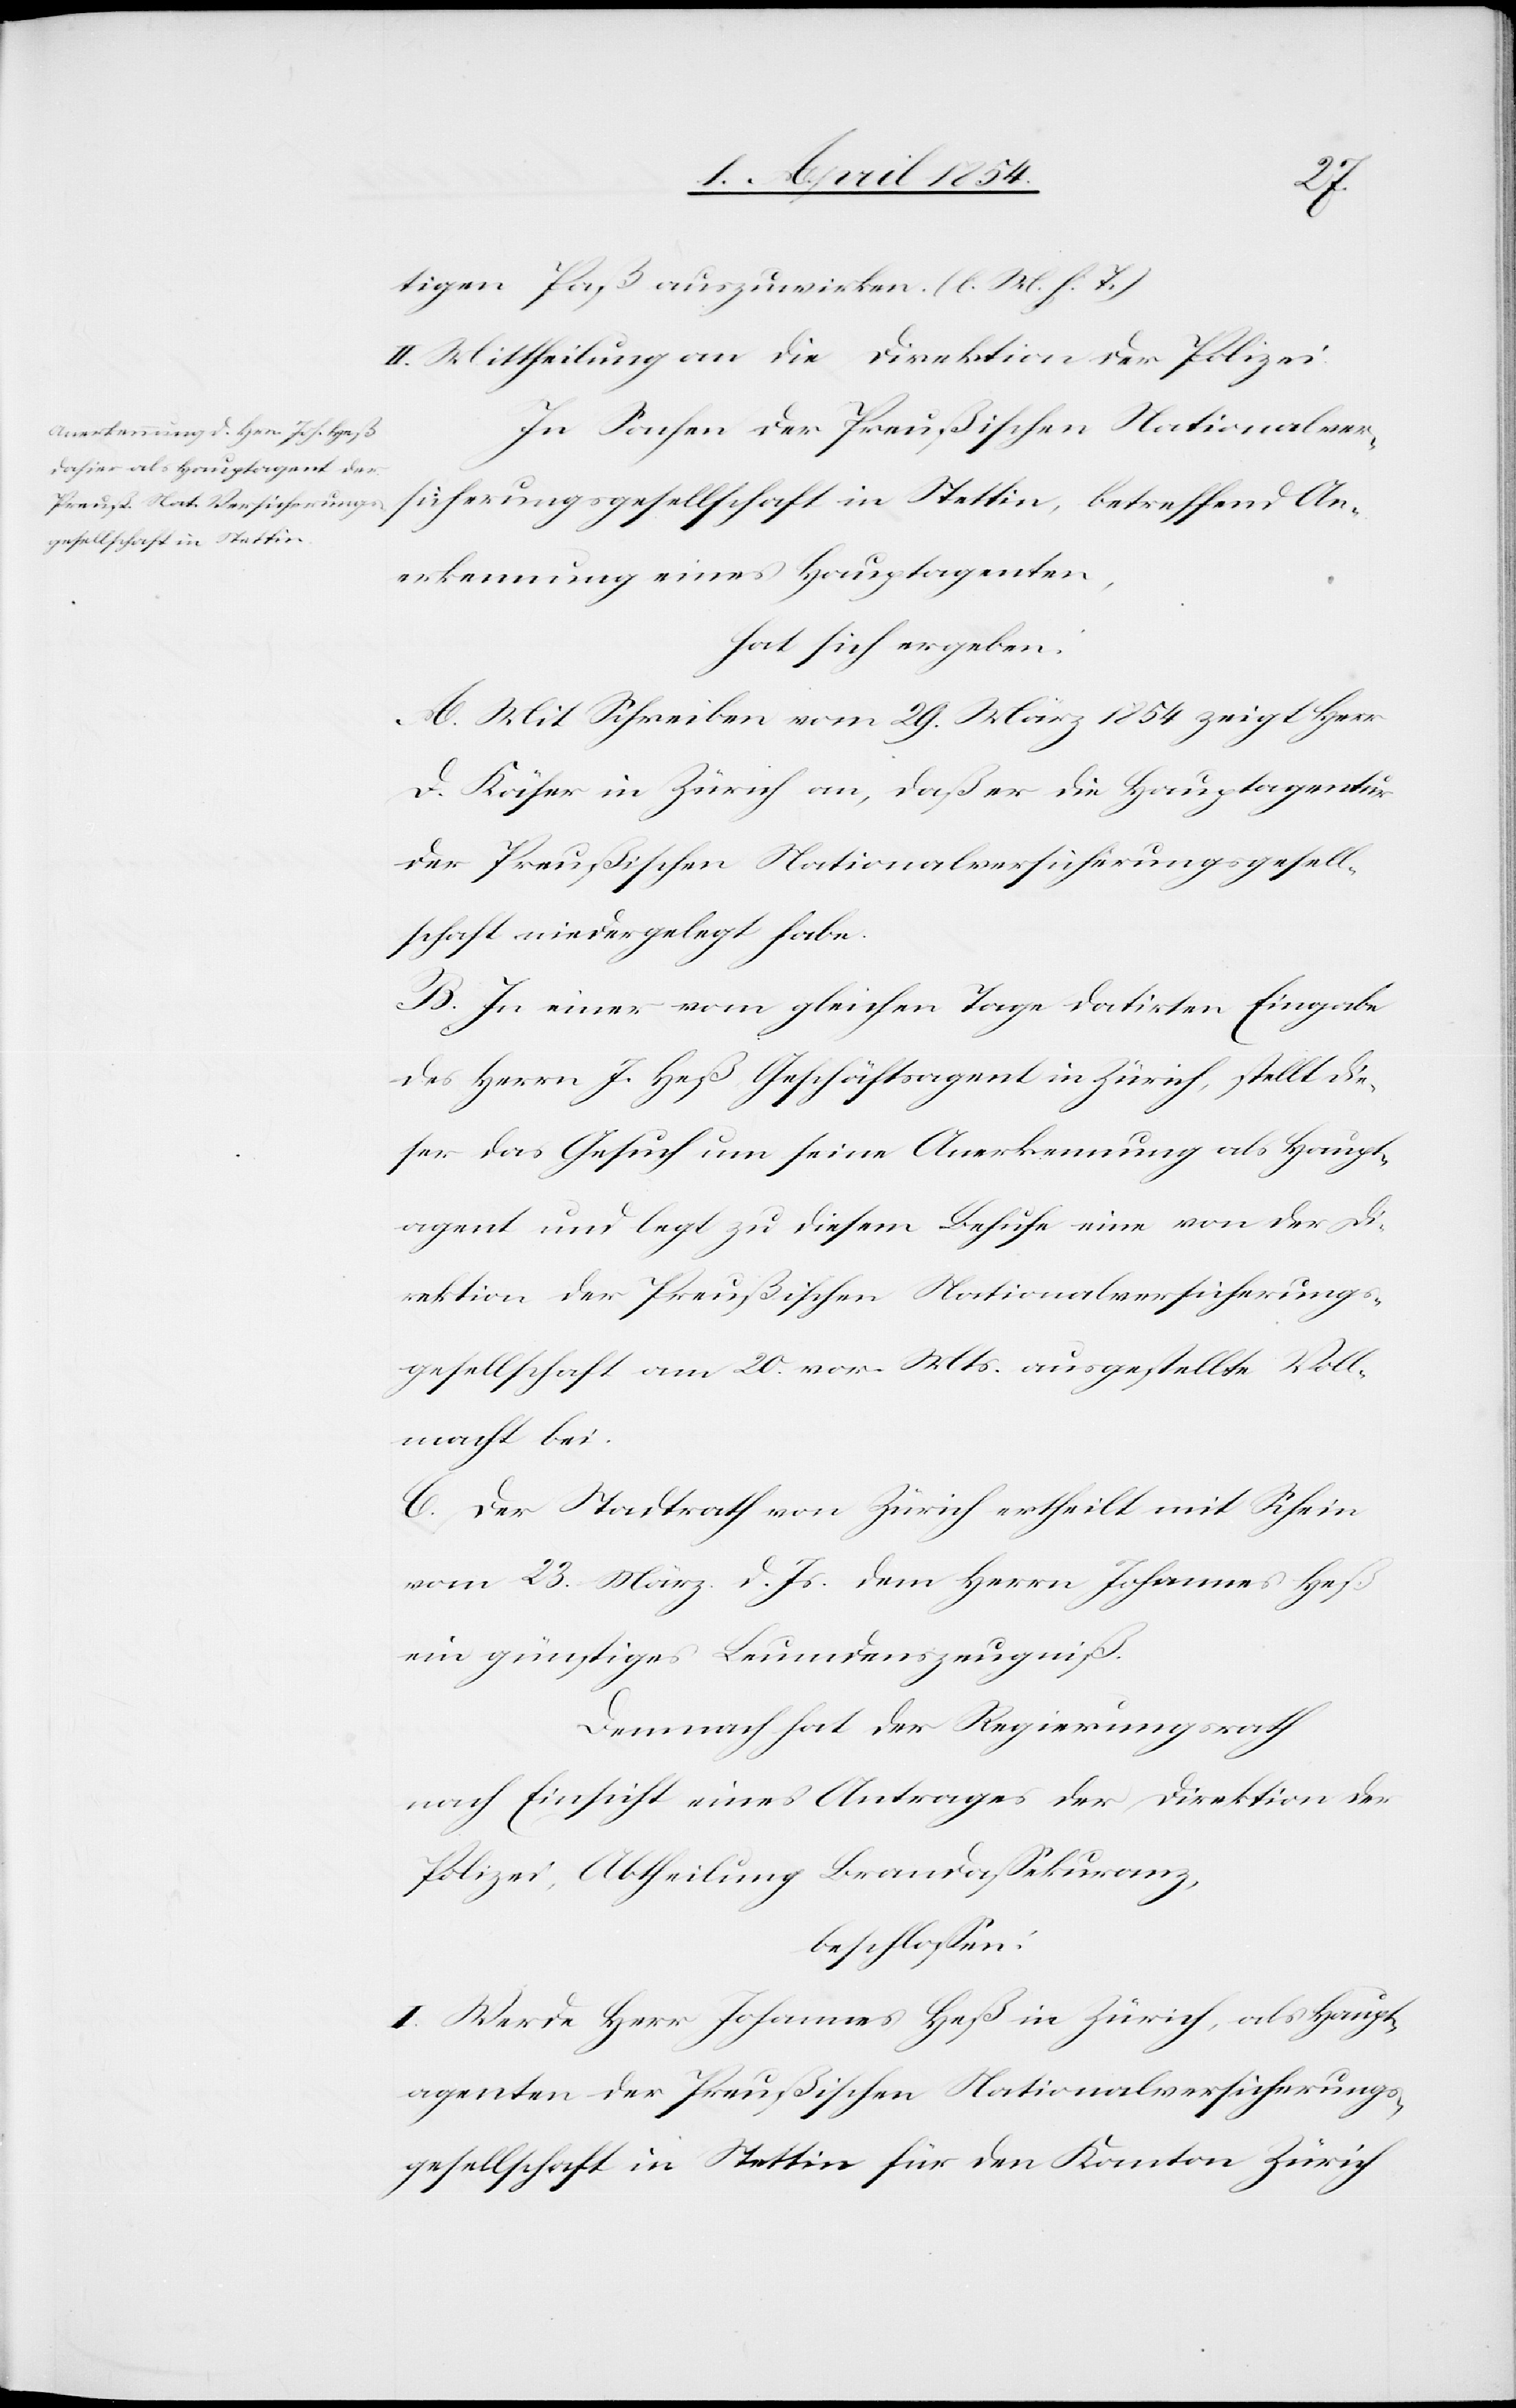
ungs¬
tigen Paß auszuwirken. (l. M. h. T.)
In Sachen der Preußischen Nationalvers¬
gesellschaft in Stettin,
Anerkennung eines Hauptagenten,
hat sich ergeben:
A. Mit Schreiben vom 29. März 1854 zeigt Herr
D. Käser in Zürich an, daß er die Hauptagentur
der Preußischen Nationalversicherungsgesell¬
schaft niedergelegt habe.
B. In einer vom gleichen Tage datirten Eingabe
des Herrn J. Heß Geschäftsagent in Zürich, stellt die¬
ser das Gesuch um seine Anerkennung als Haupt¬
agent und legt zu diesem Behufe eine von der Di¬
rektion der Preußischen Nationalversicherungs¬
gesellschaft am 20. vor. Mts ausgestellte Voll¬
macht bei.
C. Der Stadtrath von Zürich ertheilt mit Schein
vom 23. März d. Js. dem Herrn Johannes Heß
ein günstiges Leumdenszeugniß.
Demnach hat der Regierungsrath
nach Einsicht eines Antrages der Direktion der
Polizei, Abtheilung Brandaßekuranz,
beschloßen:
I. Werde Herr Johannes Heß in Zürich, als Haupt¬
agenten der Preußischen Nationalversicherungs¬
gesellschaft in Stettin für den Kanton Zürich